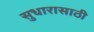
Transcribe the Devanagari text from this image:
सुधारासाठी